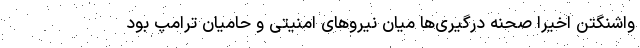
واشنگتن اخیرا صحنه درگیری‌ها میان نیرو‌های امنیتی و حامیان ترامپ بود